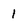
Character: 1